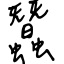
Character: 蠶